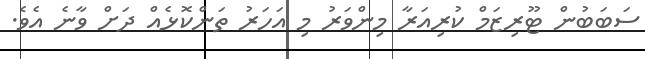
ސަބަބުން ޓޫރިޒަމް ކުރިއަރާ މިންވަރު މި އަހަރު ތަންކޮޅެއް ދަށް ވާނެ އެވެ.